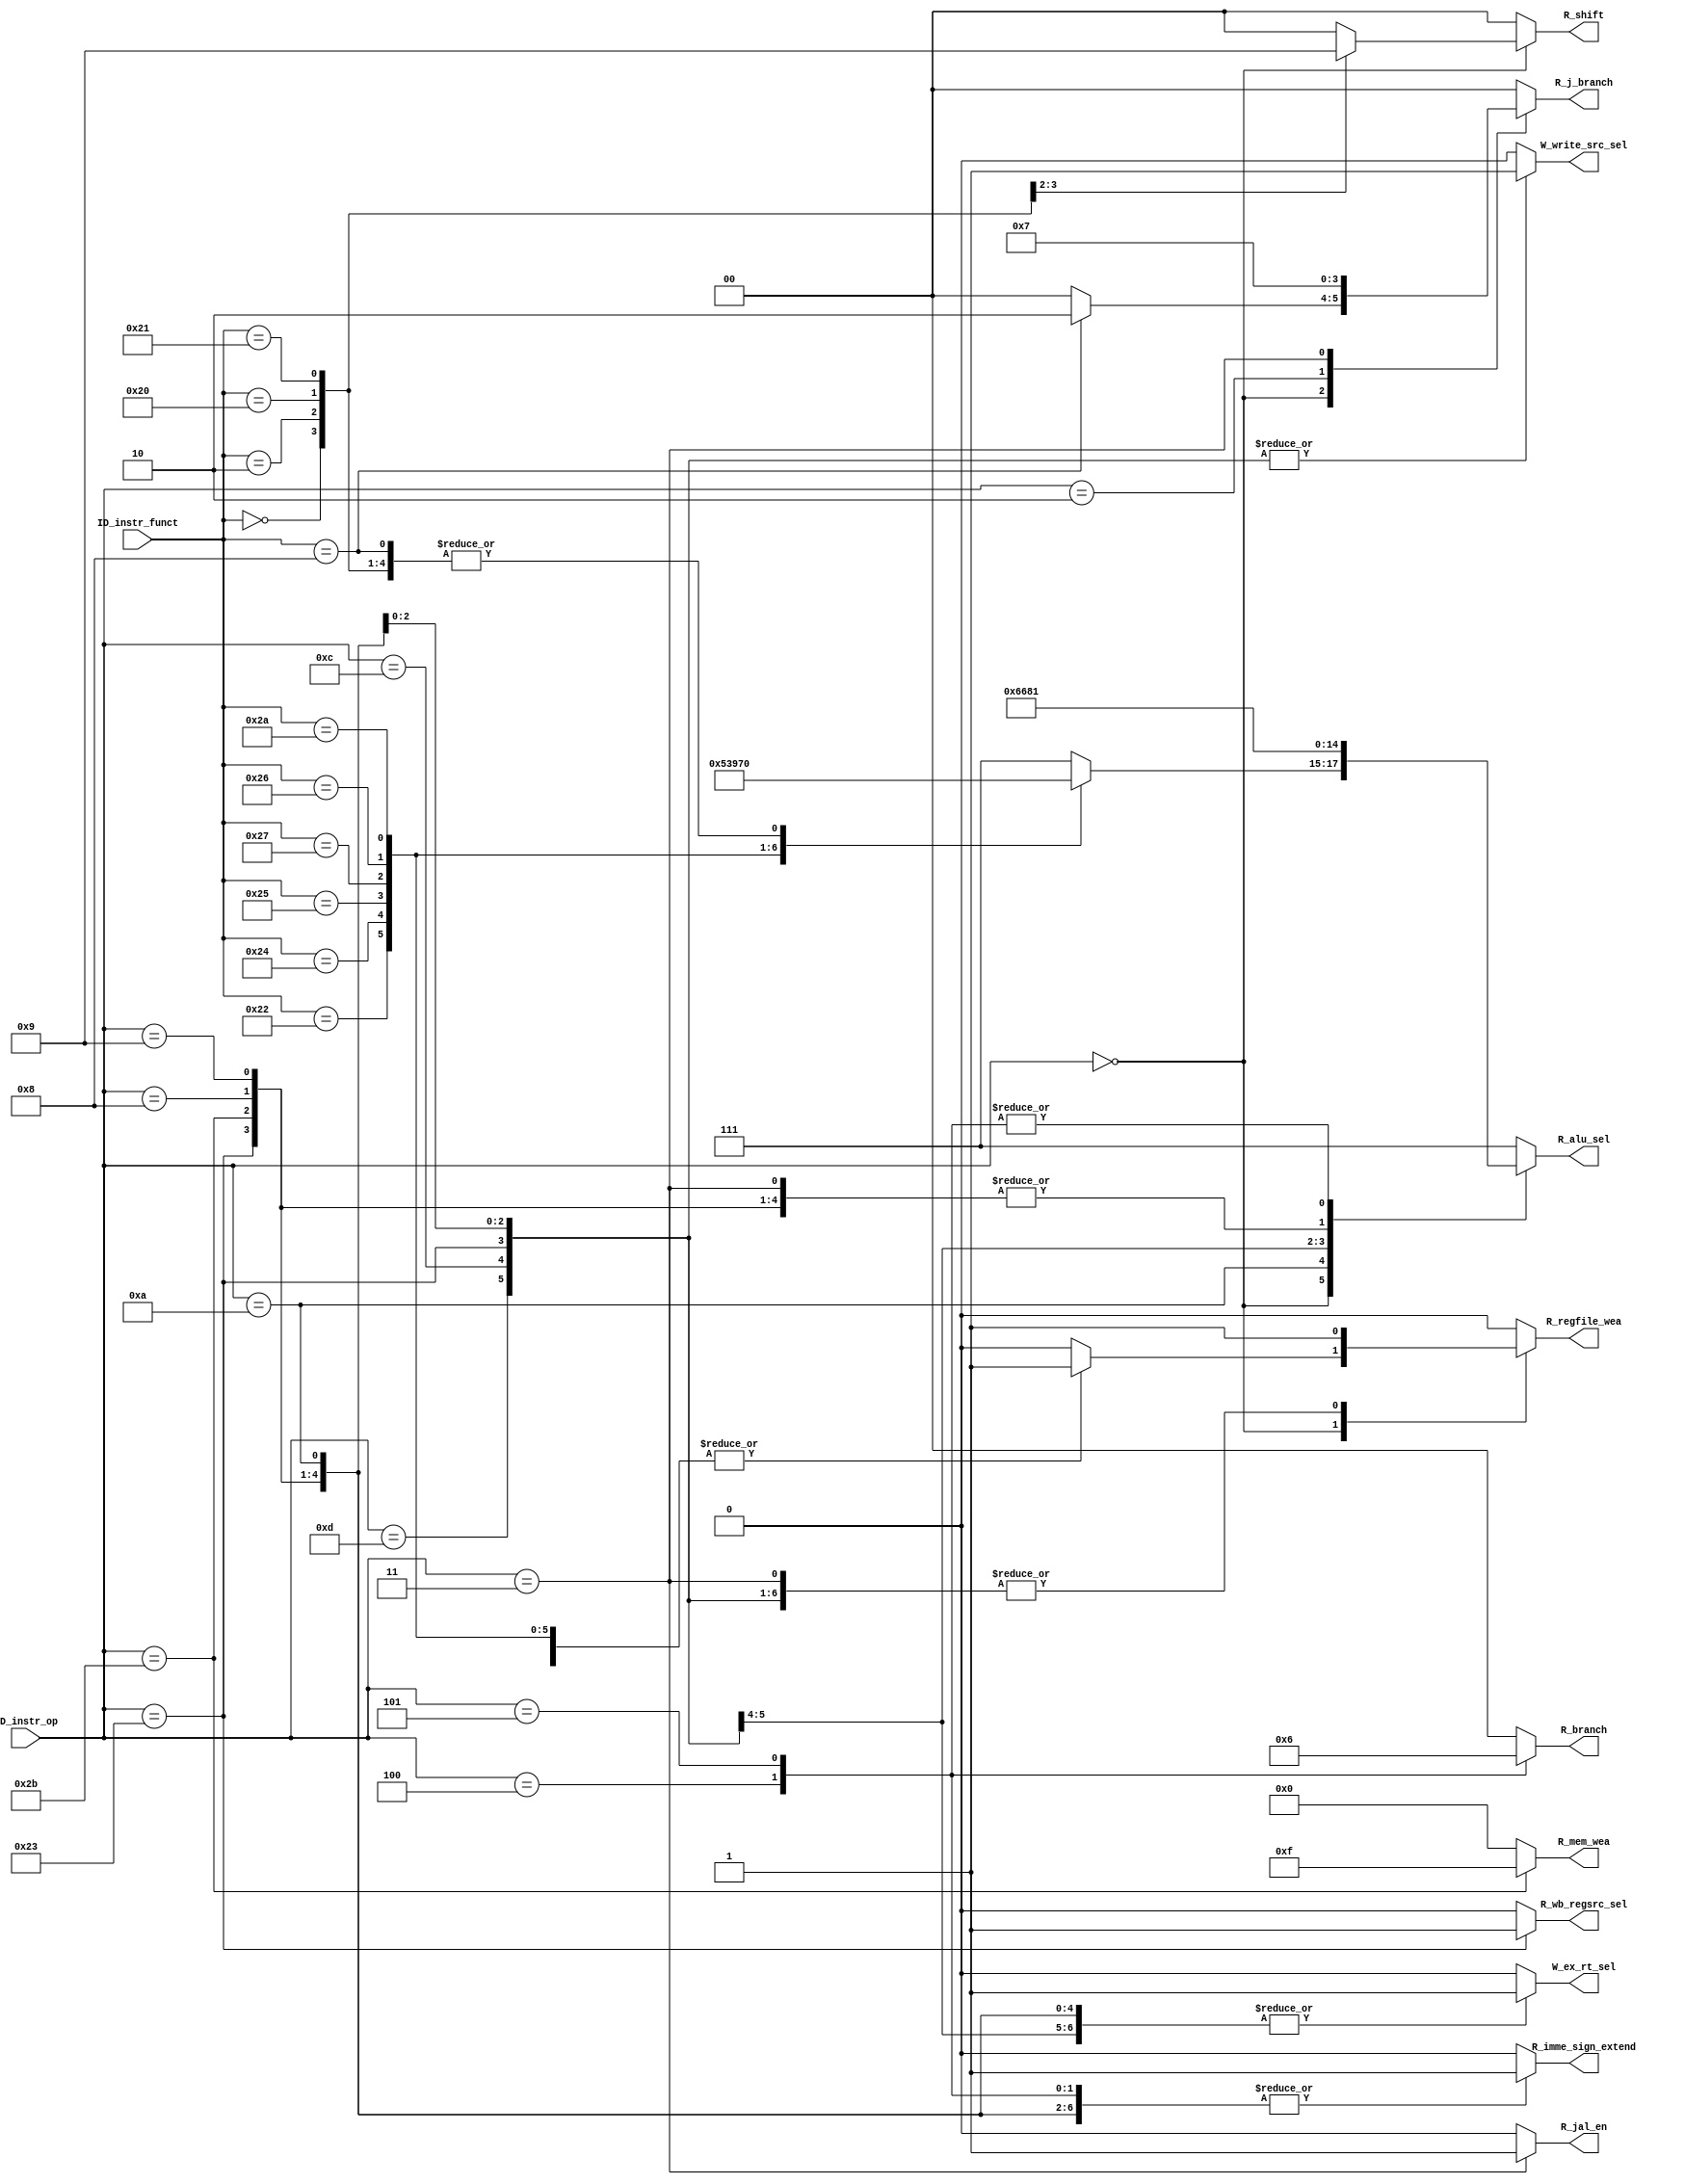
`timescale 1ns / 1ps
//////////////////////////////////////////////////////////////////////////////////
// Company: 
// Engineer: 
// 
// Design Name: 
// Module Name: Controller
// Project Name: 
// Target Devices: 
// Tool Versions: 
// Description: 
// 
// Dependencies: 
// 
// Revision:
// Revision 0.01 - File Created
// Additional Comments:
// 
//////////////////////////////////////////////////////////////////////////////////


module Controller(
        input wire [5:0] ID_instr_op,
        input wire [5:0] ID_instr_funct,
        output reg R_regfile_wea,
        output reg[2:0] R_alu_sel,
        output reg[3:0] R_mem_wea,
        output reg R_wb_regsrc_sel,
        output reg W_ex_rt_sel,
        output reg W_write_src_sel,
        output reg[1:0] R_branch,                // [1:0] 00 not beq/bne; 01 beq; 10 bne
        output reg[1:0] R_j_branch,              // [1:0] 00 not j / j 01 / jr 10 / jal 11
        output reg R_imme_sign_extend,
        output reg [1:0] R_shift,
        output reg R_jal_en
    );

    always @(*) begin
        case(ID_instr_op)
        6'b000_000: begin
            case(ID_instr_funct)
            
            // sll
            6'b000_000: begin
                R_regfile_wea = 1'b1;
                R_alu_sel = 3'b000;
                R_mem_wea = 4'b0000;
                R_wb_regsrc_sel = 1'b0;
                W_ex_rt_sel = 1'b0;
                W_write_src_sel = 1'b0;
                R_branch = 2'b0;
                R_j_branch = 2'b00;
                R_imme_sign_extend = 1'b0;
                R_shift = 2'b10;
                R_jal_en = 1'b0;
            end

            // srl
            6'b000_010: begin
                R_regfile_wea = 1'b1;
                R_alu_sel = 3'b000;
                R_mem_wea = 4'b0000;
                R_wb_regsrc_sel = 1'b0;
                W_ex_rt_sel = 1'b0;
                W_write_src_sel = 1'b0;
                R_branch = 2'b0;
                R_j_branch = 2'b00;
                R_imme_sign_extend = 1'b0;
                R_shift = 2'b01;
                R_jal_en = 1'b0;
            end



            // add
            6'b100_000: begin
                R_regfile_wea = 1'b1;
                R_alu_sel = 3'b000;
                R_mem_wea = 4'b0000;
                R_wb_regsrc_sel = 1'b0;
                W_ex_rt_sel = 1'b0;
                W_write_src_sel = 1'b0;
                R_branch = 2'b0;
                R_j_branch = 2'b00;
                R_imme_sign_extend = 1'b0;
                R_shift = 2'b00;
                R_jal_en = 1'b0;
            end

            // addu
            6'b100_001: begin
                R_regfile_wea = 1'b1;
                R_alu_sel = 3'b000;
                R_mem_wea = 4'b0000;
                R_wb_regsrc_sel = 1'b0;
                W_ex_rt_sel = 1'b0;
                W_write_src_sel = 1'b0;
                R_branch = 2'b0;
                R_j_branch = 2'b00;
                R_imme_sign_extend = 1'b0;
                R_shift = 2'b00;
                R_jal_en = 1'b0;
            end

            // sub
            6'b100_010: begin
                R_regfile_wea = 1'b1;
                R_alu_sel = 3'b001;
                R_mem_wea = 4'b0000;
                R_wb_regsrc_sel = 1'b0;
                W_ex_rt_sel = 1'b0;
                W_write_src_sel = 1'b0;
                R_branch = 2'b0;
                R_j_branch = 2'b00;
                R_imme_sign_extend = 1'b0;
                R_shift = 2'b00;
                R_jal_en = 1'b0;
            end
            
            // and
            6'b100_100: begin
                R_regfile_wea = 1'b1;
                R_alu_sel = 3'b010;
                R_mem_wea = 4'b0000;
                R_wb_regsrc_sel = 1'b0;
                W_ex_rt_sel = 1'b0;
                W_write_src_sel = 1'b0;
                R_branch = 2'b0;
                R_j_branch = 2'b00;
                R_imme_sign_extend = 1'b0;
                R_shift = 2'b00;
                R_jal_en = 1'b0;
            end

            // or
            6'b100_101: begin
                R_regfile_wea = 1'b1;
                R_alu_sel = 3'b011;
                R_mem_wea = 4'b0000;
                R_wb_regsrc_sel = 1'b0;
                W_ex_rt_sel = 1'b0;
                W_write_src_sel = 1'b0;
                R_branch = 2'b0;
                R_j_branch = 2'b00;
                R_imme_sign_extend = 1'b0;
                R_shift = 2'b00;
                R_jal_en = 1'b0;
            end

            // nor
            6'b100_111: begin
                R_regfile_wea = 1'b1;
                R_alu_sel = 3'b100;
                R_mem_wea = 4'b0000;
                R_wb_regsrc_sel = 1'b0;
                W_ex_rt_sel = 1'b0;
                W_write_src_sel = 1'b0;
                R_branch = 2'b0;
                R_j_branch = 2'b00;
                R_imme_sign_extend = 1'b0;
                R_shift = 2'b00;
                R_jal_en = 1'b0;
            end

            // xor
            6'b100_110: begin
                R_regfile_wea = 1'b1;
                R_alu_sel = 3'b101;
                R_mem_wea = 4'b0000;
                R_wb_regsrc_sel = 1'b0;
                W_ex_rt_sel = 1'b0;
                W_write_src_sel = 1'b0;
                R_branch = 2'b0;
                R_j_branch = 2'b00;
                R_imme_sign_extend = 1'b0;
                R_shift = 2'b00;
                R_jal_en = 1'b0;
            end

            // slt
            6'b101_010: begin
                R_regfile_wea = 1'b1;
                R_alu_sel = 3'b110;
                R_mem_wea = 4'b0000;
                R_wb_regsrc_sel = 1'b0;
                W_ex_rt_sel = 1'b0;
                W_write_src_sel = 1'b0;
                R_branch = 2'b0;
                R_j_branch = 2'b00;
                R_imme_sign_extend = 1'b0;
                R_shift = 2'b00;
                R_jal_en = 1'b0;
            end

            // jr
            6'b001_000: begin
                R_regfile_wea = 1'b0;
                R_alu_sel = 3'b000;
                R_mem_wea = 4'b0000;
                R_wb_regsrc_sel = 1'b0;
                W_ex_rt_sel = 1'b0;
                W_write_src_sel = 1'b0;         // write dst is rt
                R_branch = 2'b0;
                R_j_branch = 2'b10;
                R_imme_sign_extend = 1'b0;
                R_shift = 2'b00;
                R_jal_en = 1'b0;
            end

            default: begin
                R_regfile_wea = 1'b0;
                R_alu_sel = 3'b111;
                R_mem_wea = 4'b0000;
                R_wb_regsrc_sel = 1'b0;
                W_ex_rt_sel = 1'b0;
                W_write_src_sel = 1'b0;
                R_branch = 2'b0;
                R_j_branch = 2'b00;
                R_imme_sign_extend = 1'b0;
                R_shift = 2'b00;
                R_jal_en = 1'b0;
            end

            endcase
        end
        
        // lw
        6'b100_011: begin
            R_regfile_wea = 1'b1;
            R_alu_sel = 3'b000;
            R_mem_wea = 4'b0000;
            R_wb_regsrc_sel = 1'b1;
            W_ex_rt_sel = 1'b1;
            W_write_src_sel = 1'b1;
            R_branch = 2'b0;
            R_j_branch = 2'b00;
            R_imme_sign_extend = 1'b1;
            R_shift = 2'b00;
            R_jal_en = 1'b0;
        end

        // sw
        6'b101_011: begin
            R_regfile_wea = 1'b0;
            R_alu_sel = 3'b000;
            R_mem_wea = 4'b1111;
            R_wb_regsrc_sel = 1'b0;
            W_ex_rt_sel = 1'b1;
            W_write_src_sel = 1'b0;
            R_branch = 2'b0;
            R_j_branch = 2'b00;
            R_imme_sign_extend = 1'b1;
            R_shift = 2'b00;
            R_jal_en = 1'b0;
        end

        // addi
        6'b001_000: begin
            R_regfile_wea = 1'b1;
            R_alu_sel = 3'b000;
            R_mem_wea = 4'b0000;
            R_wb_regsrc_sel = 1'b0;
            W_ex_rt_sel = 1'b1;
            W_write_src_sel = 1'b1;         // write dst is rt
            R_branch = 2'b0;
            R_j_branch = 2'b00;
            R_imme_sign_extend = 1'b1;
            R_shift = 2'b00;
            R_jal_en = 1'b0;
        end

        // addiu
        6'b001_001: begin
            R_regfile_wea = 1'b1;
            R_alu_sel = 3'b000;
            R_mem_wea = 4'b0000;
            R_wb_regsrc_sel = 1'b0;
            W_ex_rt_sel = 1'b1;             // imme is rt
            W_write_src_sel = 1'b1;         // write dst is rt
            R_branch = 2'b0;
            R_j_branch = 2'b00;
            R_imme_sign_extend = 1'b1;
            R_shift = 2'b00;
            R_jal_en = 1'b0;
        end

        // slti
        6'b001_010: begin
            R_regfile_wea = 1'b1;
            R_alu_sel = 3'b110;
            R_mem_wea = 4'b0000;
            R_wb_regsrc_sel = 1'b0;
            W_ex_rt_sel = 1'b1;
            W_write_src_sel = 1'b1;         // write dst is rt
            R_branch = 2'b0;
            R_j_branch = 2'b00;
            R_imme_sign_extend = 1'b1;
            R_shift = 2'b00;
            R_jal_en = 1'b0;
        end

        // ori
        6'b001_101: begin
            R_regfile_wea = 1'b1;
            R_alu_sel = 3'b011;
            R_mem_wea = 4'b0000;
            R_wb_regsrc_sel = 1'b0;
            W_ex_rt_sel = 1'b1;
            W_write_src_sel = 1'b1;         // write dst is rt
            R_branch = 2'b0;
            R_j_branch = 2'b00;
            R_imme_sign_extend = 1'b0;
            R_shift = 2'b00;
            R_jal_en = 1'b0;
        end

        // andi
        6'b001_100: begin
            R_regfile_wea = 1'b1;
            R_alu_sel = 3'b010;
            R_mem_wea = 4'b0000;
            R_wb_regsrc_sel = 1'b0;
            W_ex_rt_sel = 1'b1;
            W_write_src_sel = 1'b1;         // write dst is rt
            R_branch = 2'b0;
            R_j_branch = 2'b00;
            R_imme_sign_extend = 1'b0;
            R_shift = 2'b00;
            R_jal_en = 1'b0;
        end

        // j
        6'b000_010: begin
            R_regfile_wea = 1'b0;
            R_alu_sel = 3'b000;
            R_mem_wea = 4'b0000;
            R_wb_regsrc_sel = 1'b0;
            W_ex_rt_sel = 1'b0;
            W_write_src_sel = 1'b0;         // write dst is rt
            R_branch = 2'b0;
            R_j_branch = 2'b01;
            R_imme_sign_extend = 1'b0;
            R_shift = 2'b00;
            R_jal_en = 1'b0;
        end

        // jal
        6'b000_011: begin
            R_regfile_wea = 1'b1;
            R_alu_sel = 3'b000;
            R_mem_wea = 4'b0000;
            R_wb_regsrc_sel = 1'b0;
            W_ex_rt_sel = 1'b0;
            W_write_src_sel = 1'b0;         // write dst is rt
            R_branch = 2'b0;
            R_j_branch = 2'b11;
            R_imme_sign_extend = 1'b0;
            R_shift = 2'b00;
            R_jal_en = 1'b1;
        end

        // beq
        6'b000_100: begin
            R_regfile_wea = 1'b0;
            R_alu_sel = 3'b001;
            R_mem_wea = 4'b0000;
            R_wb_regsrc_sel = 1'b0;
            W_ex_rt_sel = 1'b0;
            W_write_src_sel = 1'b0;
            R_branch = 2'b01;
            R_j_branch = 2'b00;
            R_imme_sign_extend = 1'b1;
            R_shift = 2'b00;
            R_jal_en = 1'b0;
        end

        // bne
        6'b000_101: begin
            R_regfile_wea = 1'b0;
            R_alu_sel = 3'b001;
            R_mem_wea = 4'b0000;
            R_wb_regsrc_sel = 1'b0;
            W_ex_rt_sel = 1'b0;
            W_write_src_sel = 1'b0;
            R_branch = 2'b10;
            R_j_branch = 2'b00;
            R_imme_sign_extend = 1'b1;
            R_shift = 2'b00;
            R_jal_en = 1'b0;
        end

        default: begin
            R_regfile_wea = 1'b0;
            R_alu_sel = 3'b111;
            R_mem_wea = 4'b0000;
            R_wb_regsrc_sel = 1'b0;
            W_ex_rt_sel = 1'b0;
            W_write_src_sel = 1'b0;
            R_branch = 1'b0;
            R_j_branch = 2'b00;
            R_imme_sign_extend = 1'b0;
            R_shift = 2'b00;
            R_jal_en = 1'b0;
        end
        endcase
    end

endmodule